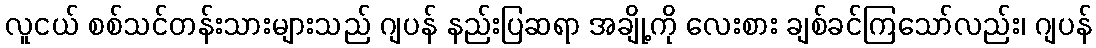
လူငယ် စစ်သင်တန်းသားများသည် ဂျပန် နည်းပြဆရာ အချို့ကို လေးစား ချစ်ခင်ကြသော်လည်း၊ ဂျပန်